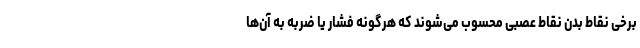
برخی نقاط بدن نقاط عصبی محسوب می‌شوند که هرگونه فشار یا ضربه به آن‌ها